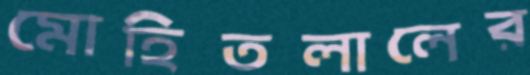
মোহিতলালের